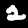
Digit: 2